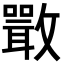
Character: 𣀌